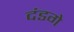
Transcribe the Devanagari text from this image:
दंडगे